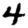
Digit: 4